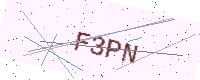
Text: F3PN